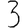
Digit: 3